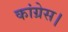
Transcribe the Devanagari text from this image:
कांग्रेस।